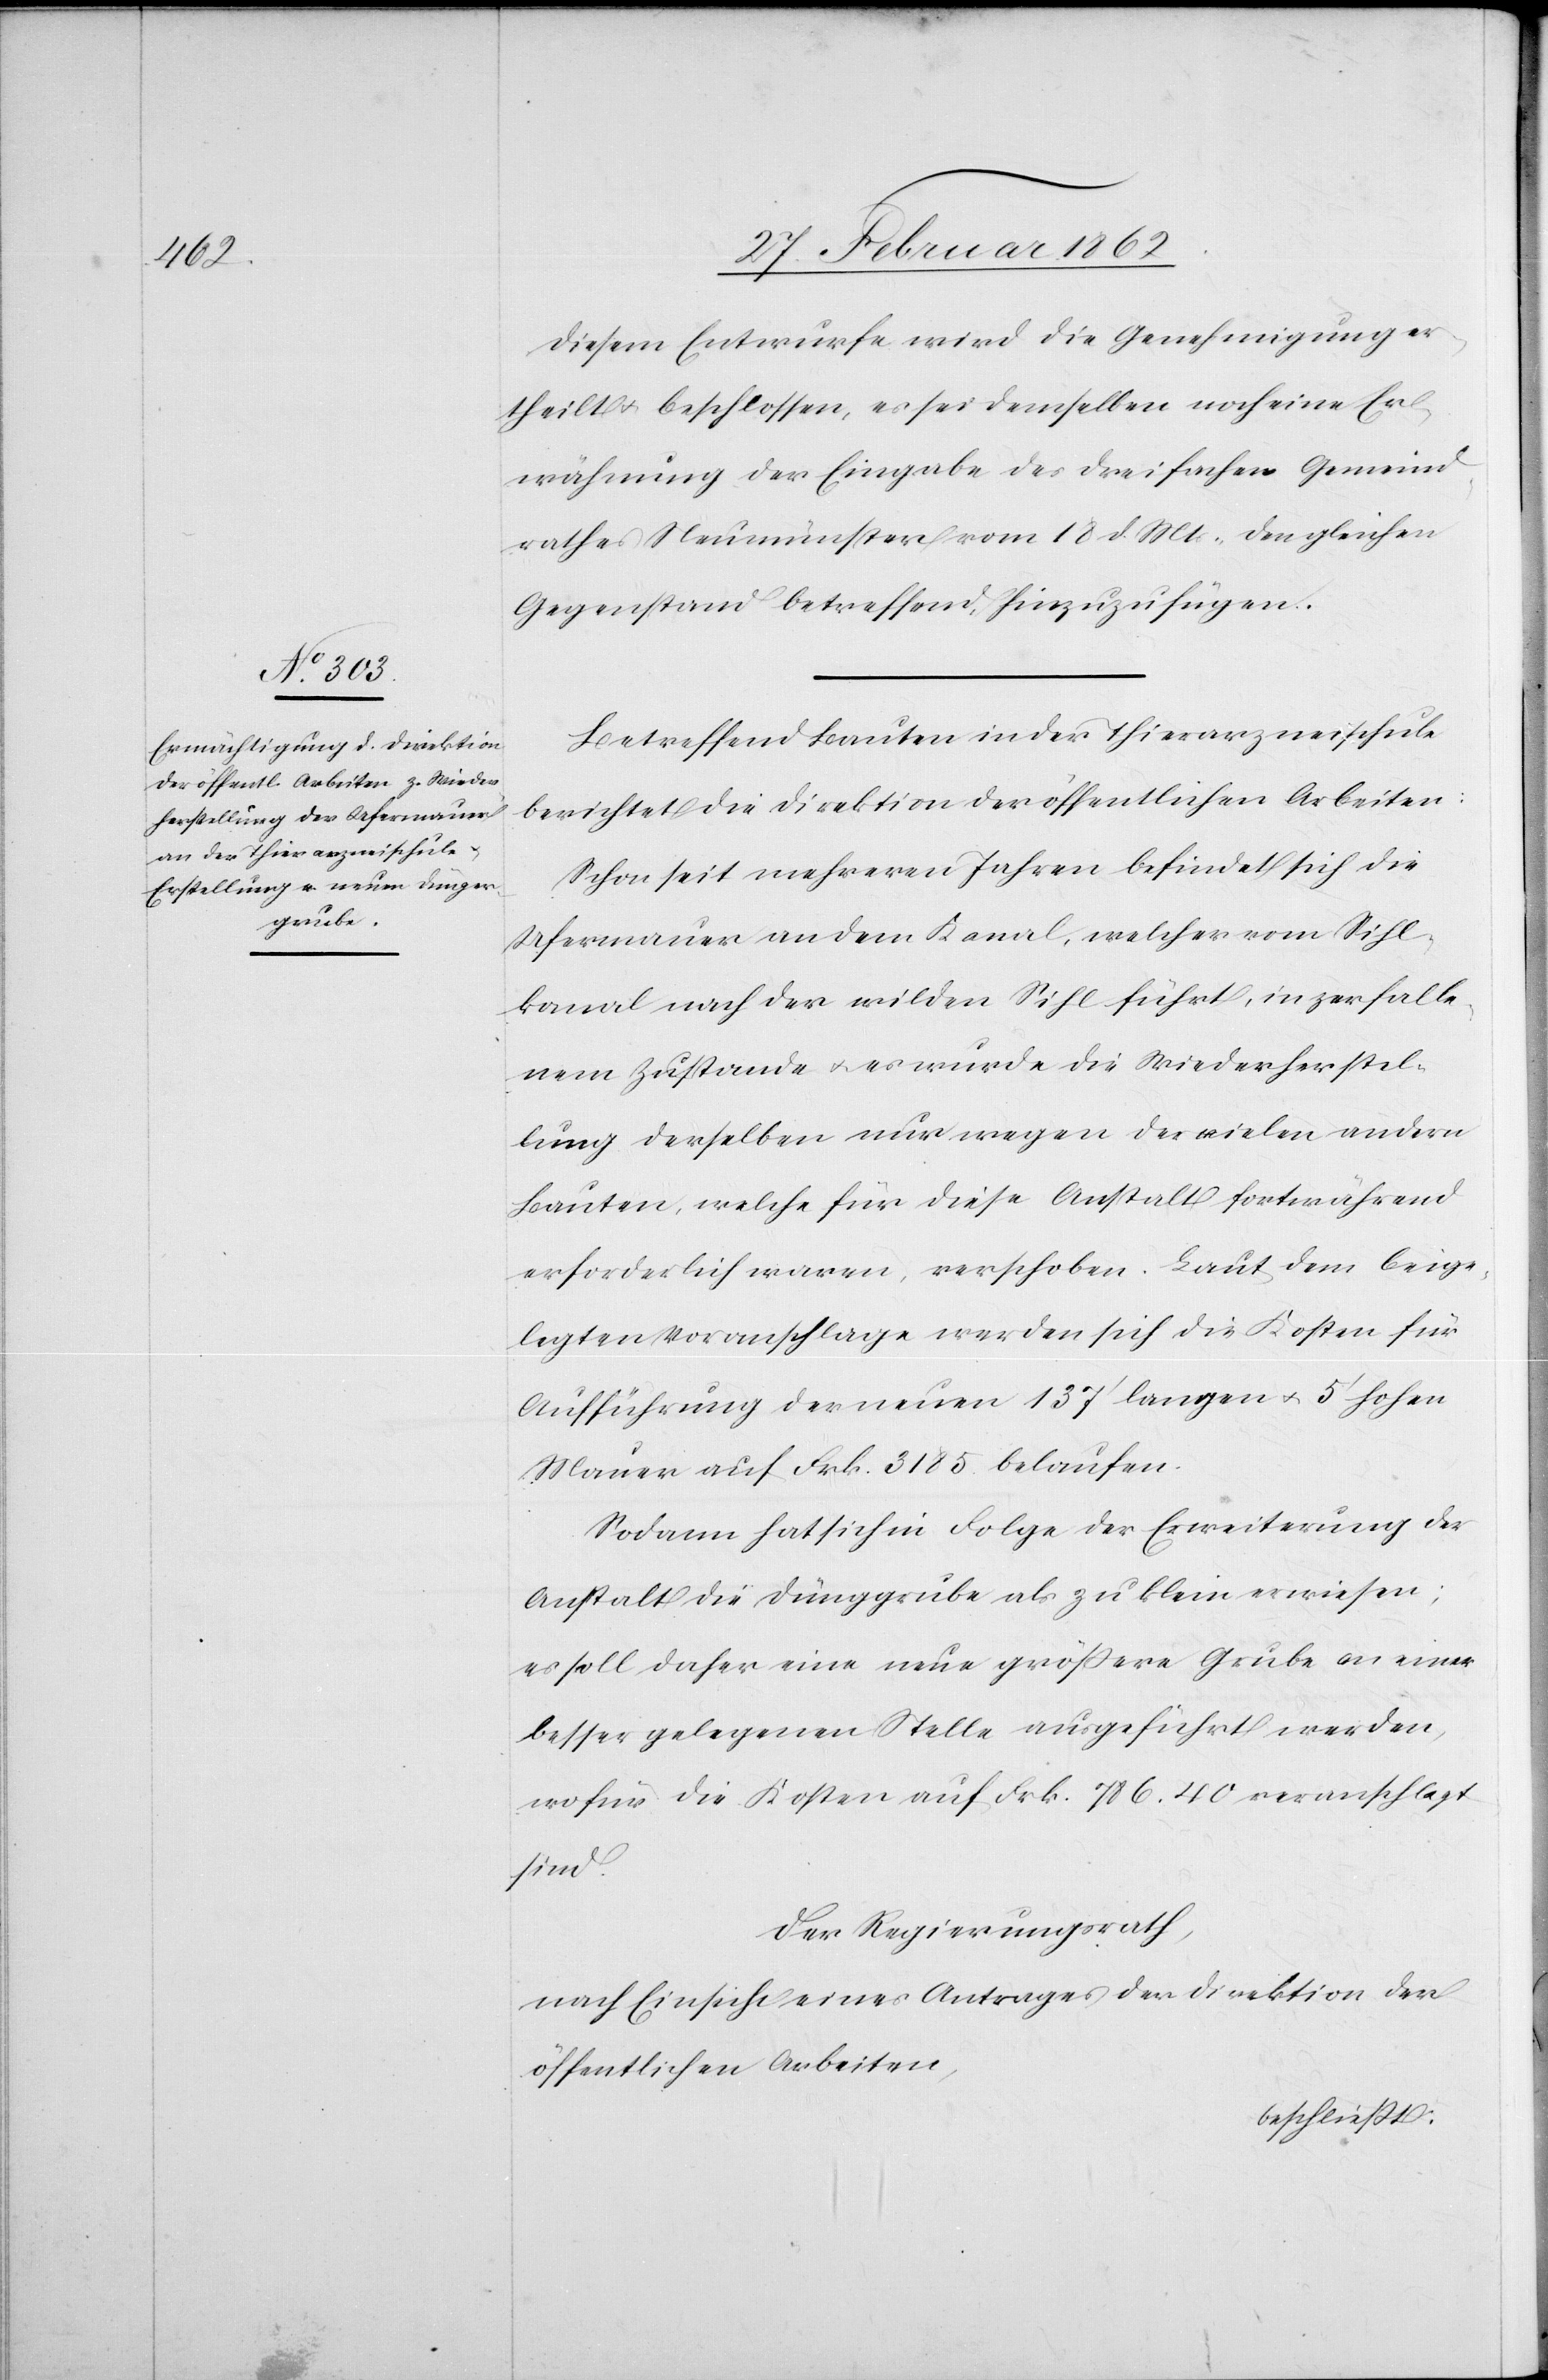
Diesem Entwurfe wird die Genehmigung er¬
theilt u. beschlossen, es sei demselben noch eine Er¬
wähnung der Eingabe des dreifachen Gemeind¬
rathes Neumünster vom 18 d. Mts. den gleichen
Gegenstand betreffend, hinzuzufügen.
Betreffend Bauten in der Thierarzneischule
berichtet die Direktion der öffentlichen Arbeiten:
Schon seit mehreren Jahren befindet sich die
Ufermauer an dem Kanal, welcher vom Sihl¬
kanal nach der wilden Sihl führt, in zerfalle¬
nem Zustande u. es wurde die Wiederherstel¬
lung derselben nur wegen der vielen andern
Bauten, welche für diese Anstalt fortwährend
erforderlich waren, verschoben. Laut dem beige¬
legten Voranschlage werden sich die Kosten für
Aufführung der neuen 137’ langen u. 5’ hohen
Mauer auf Frk. 3185 belaufen.
Sodann hat sich in Folge der Erweiterung der
Anstalt die Dünggrube als zu klein erwiesen;
es soll daher eine neue größere Grube an einer
besser gelegenen Stelle ausgeführt werden,
wofür die Kosten auf Frk. 786.40 veranschlagt
sind.
Der Regierungsrath,
nach Einsicht eines Antrages der Direktion der
öffentlichen Arbeiten,
beschließt: